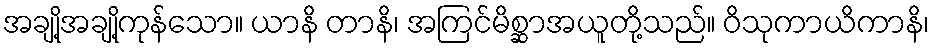
အချို့အချို့ကုန်သော။ ယာနိ တာနိ၊ အကြင်မိစ္ဆာအယူတို့သည်။ ဝိသုကာယိကာနိ၊